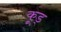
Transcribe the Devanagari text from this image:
कूड्